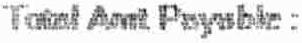
TOTAL AMT PAYABLE :